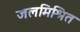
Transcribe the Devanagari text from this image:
जलमिश्रित